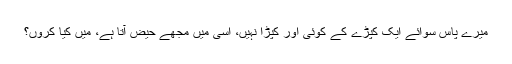
میرے پاس سوائے ایک کپڑے کے کوئی اور کپڑا نہیں، اسی میں مجھے حیض آتا ہے، میں کیا کروں؟